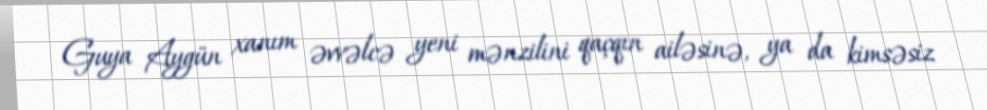
Guya Aygün xanım əvvəlcə yeni mənzilini qaçqın ailəsinə, ya da kimsəsiz